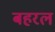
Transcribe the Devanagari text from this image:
बहरल